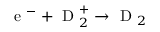
\mathrm { ~ e ~ } ^ { - } + \mathrm { ~ D ~ } _ { 2 } ^ { + } \rightarrow \mathrm { ~ D ~ } _ { 2 }